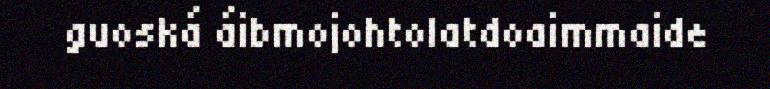
guoská áibmojohtolatdoaimmaide